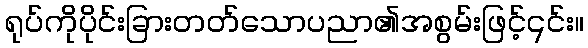
ရုပ်ကိုပိုင်းခြားတတ်သောပညာ၏အစွမ်းဖြင့်၎င်း။